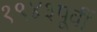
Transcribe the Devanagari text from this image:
१९४३पूर्वी